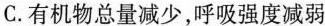
C.有机物总量减少，呼吸强度减弱